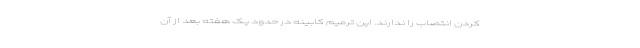
کردن انتصاب را ندارند. این ترمیم کابینه در حدود یک هفته بعد از آن